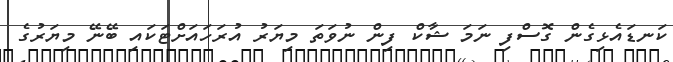
ކަނޑައެޅިގެން ގޮސްފި ނަމަ ޝާކް ފިން ނުވަތަ މިޔަރު އުރަހައަށްޓަކައި ބޭނޭ މިޔަރުގެ